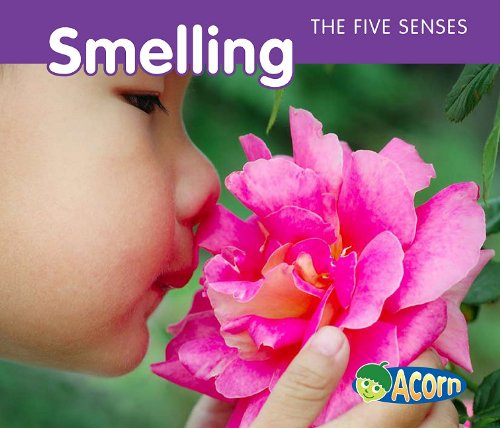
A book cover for Smelling (The Five Senses); Rebecca Rissman; Children's Books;